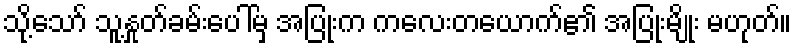
သို့သော် သူ့နှုတ်ခမ်းပေါ်မှ အပြုံးက ကလေးတယောက်၏ အပြုံးမျိုး မဟုတ်။